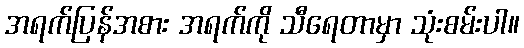
အရက်ပြန်အစား အရက်ကို သီရေတာမှာ သုံးစမ်းပါ။